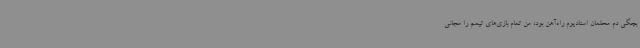
بچگی دم محلمان استادیوم راه‌آهن بود، من تمام بازی‌های تیمم را مجانی